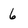
Character: 6